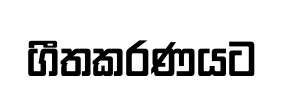
ගීතකරණයට